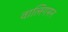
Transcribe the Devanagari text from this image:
वालिगमन